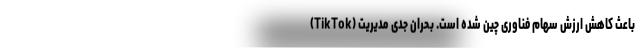
(TikTok) باعث کاهش ارزش سهام فناوری چین شده است. بحران جدی مدیریت